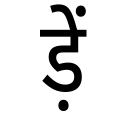
OCR:
ड़ें